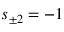
s _ { \pm 2 } = - 1